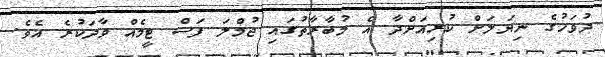
ދުވަހުގެ ނިޔަލަށް ކުރިއަށްދާ އެ މުބާރާތުގައި ޖުމްލަ ފަސް ޓީމެއް ވާދަކުރެ އެވެ.